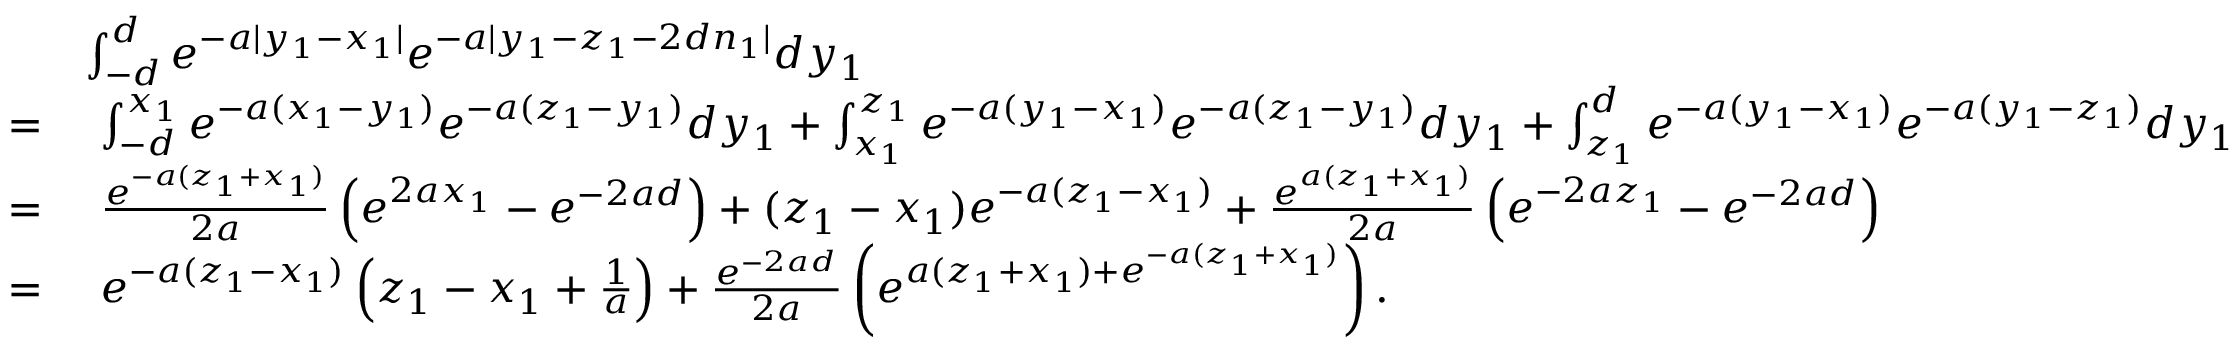
\begin{array} { r l } & { \int _ { - d } ^ { d } e ^ { - a | y _ { 1 } - x _ { 1 } | } e ^ { - a | y _ { 1 } - z _ { 1 } - 2 d n _ { 1 } | } d y _ { 1 } } \\ { = } & { ~ \int _ { - d } ^ { x _ { 1 } } e ^ { - a ( x _ { 1 } - y _ { 1 } ) } e ^ { - a ( z _ { 1 } - y _ { 1 } ) } d y _ { 1 } + \int _ { x _ { 1 } } ^ { z _ { 1 } } e ^ { - a ( y _ { 1 } - x _ { 1 } ) } e ^ { - a ( z _ { 1 } - y _ { 1 } ) } d y _ { 1 } + \int _ { z _ { 1 } } ^ { d } e ^ { - a ( y _ { 1 } - x _ { 1 } ) } e ^ { - a ( y _ { 1 } - z _ { 1 } ) } d y _ { 1 } } \\ { = } & { ~ \frac { e ^ { - a ( z _ { 1 } + x _ { 1 } ) } } { 2 a } \left( e ^ { 2 a x _ { 1 } } - e ^ { - 2 a d } \right) + ( z _ { 1 } - x _ { 1 } ) e ^ { - a ( z _ { 1 } - x _ { 1 } ) } + \frac { e ^ { a ( z _ { 1 } + x _ { 1 } ) } } { 2 a } \left( e ^ { - 2 a z _ { 1 } } - e ^ { - 2 a d } \right) } \\ { = } & { ~ e ^ { - a ( z _ { 1 } - x _ { 1 } ) } \left( z _ { 1 } - x _ { 1 } + \frac { 1 } { a } \right) + \frac { e ^ { - 2 a d } } { 2 a } \left( e ^ { a ( z _ { 1 } + x _ { 1 } ) + e ^ { - a ( z _ { 1 } + x _ { 1 } ) } } \right) . } \end{array}